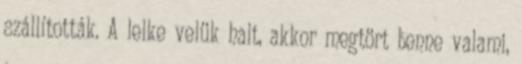
szállították. A lelke velük halt, akkor megtört benne valami,